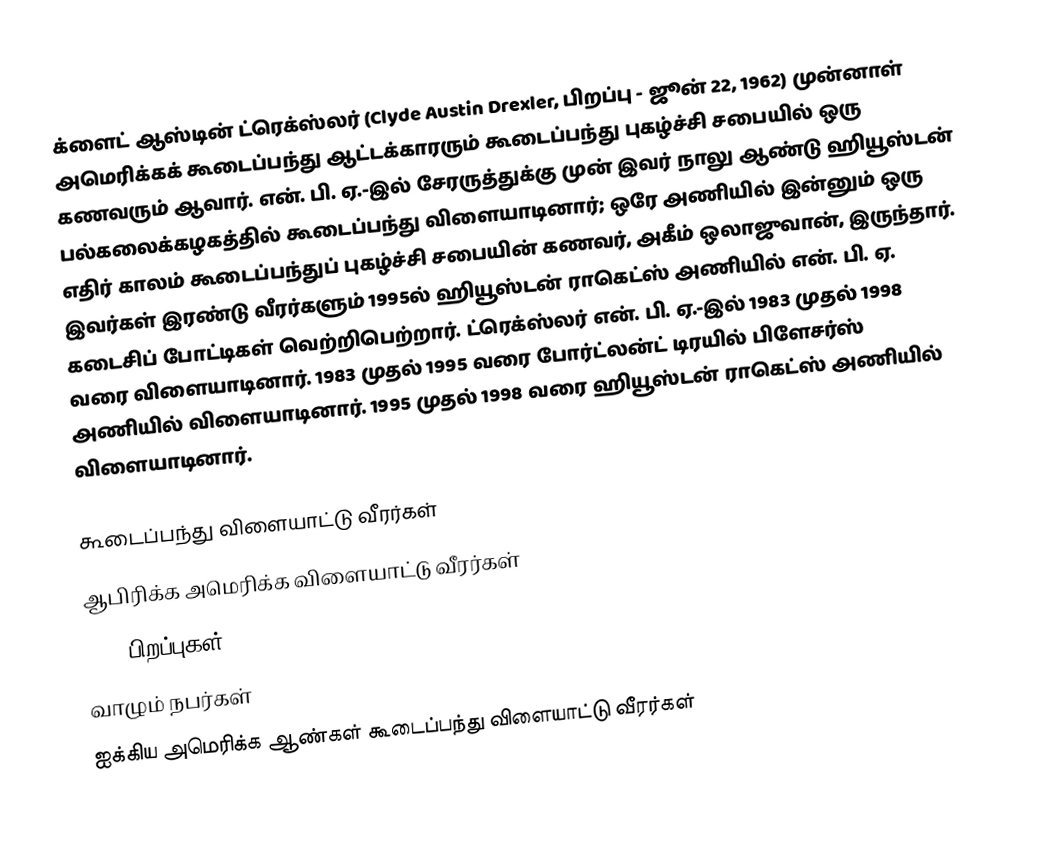
க்ளைட் ஆஸ்டின் ட்ரெக்ஸ்லர் (Clyde Austin Drexler, பிறப்பு - ஜூன் 22, 1962) முன்னாள் அமெரிக்கக் கூடைப்பந்து ஆட்டக்காரரும் கூடைப்பந்து புகழ்ச்சி சபையில் ஒரு கணவரும் ஆவார். என். பி. ஏ.-இல் சேரருத்துக்கு முன் இவர் நாலு ஆண்டு ஹியூஸ்டன் பல்கலைக்கழகத்தில் கூடைப்பந்து விளையாடினார்; ஒரே அணியில் இன்னும் ஒரு எதிர் காலம் கூடைப்பந்துப் புகழ்ச்சி சபையின் கணவர், அகீம் ஒலாஜுவான், இருந்தார். இவர்கள் இரண்டு வீரர்களும் 1995ல் ஹியூஸ்டன் ராகெட்ஸ் அணியில் என். பி. ஏ. கடைசிப் போட்டிகள் வெற்றிபெற்றார். ட்ரெக்ஸ்லர் என். பி. ஏ.-இல் 1983 முதல் 1998 வரை விளையாடினார். 1983 முதல் 1995 வரை போர்ட்லன்ட் டிரயில் பிளேசர்ஸ் அணியில் விளையாடினார். 1995 முதல் 1998 வரை ஹியூஸ்டன் ராகெட்ஸ் அணியில் விளையாடினார்.

கூடைப்பந்து விளையாட்டு வீரர்கள்
ஆபிரிக்க அமெரிக்க விளையாட்டு வீரர்கள்
1962 பிறப்புகள்
வாழும் நபர்கள்
ஐக்கிய அமெரிக்க ஆண்கள் கூடைப்பந்து விளையாட்டு வீரர்கள்